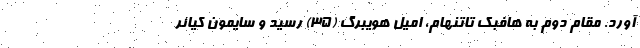
آورد. مقام دوم به هافبک تاتنهام، امیل هویبرگ (۳۵) رسید و سایمون کیائر